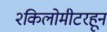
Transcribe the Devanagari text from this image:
२किलोमीटरहून